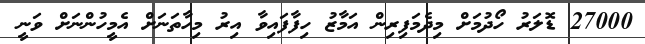
27000 ޑޮލަރު ހޯދުމަށް މިދެމަފިރިން އަމާޒު ހިފާފައިވާ އިރު މިހާތަނަށް އެމީހުންނަށް ވަނީ